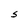
Character: S